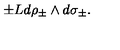
\pm L d \rho _ { \pm } \wedge d \sigma _ { \pm } .